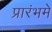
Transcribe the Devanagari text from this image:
प्रारंभमे